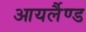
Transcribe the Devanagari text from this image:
आयर्लैण्ड